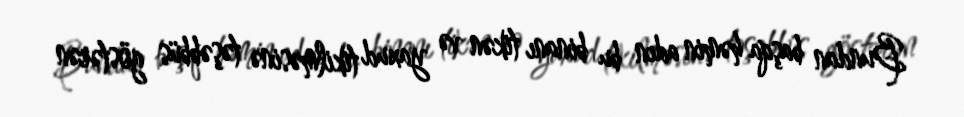
Bundan başqa həmin adın bu binanı tikən və yaxud tikilməsinə təşəbbüs göstərən